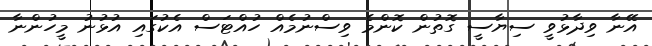
އޭނާ ވިދާޅުވީ ސިޔާސީ ގޮތުން ކޮންމެ ވިސްނުމެއް ހުއްޓަސް އެކުގައި އުޅުނު މީހުންނާ